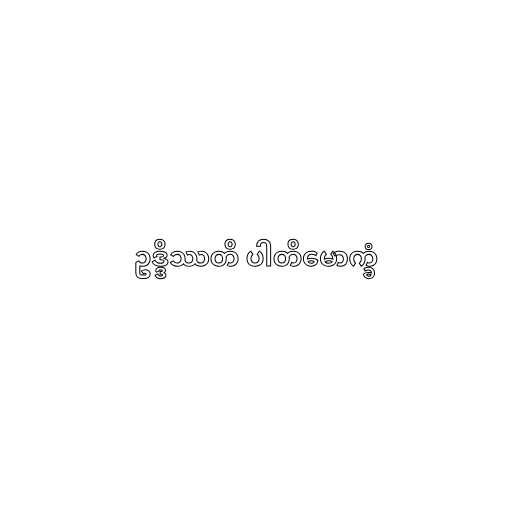
ဥဒ္ဒိဿတိ ပါတိမောက္ခံ